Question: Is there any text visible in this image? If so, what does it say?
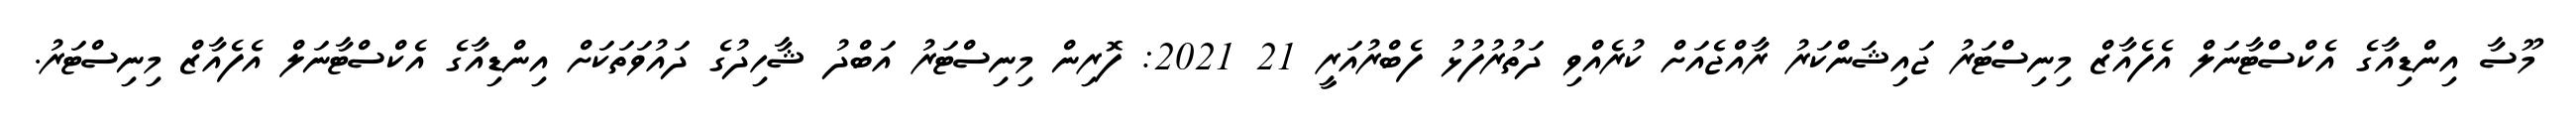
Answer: މޫސާ އިންޑިއާގެ އެކްސްޓާނަލް އެފެއާޒް މިނިސްޓަރު ޖައިޝަންކަރު ރާއްޖެއަށް ކުރެއްވި ދަތުރުފުޅު ފެބްރުއަރީ 21 2021: ފޮރިން މިނިސްޓަރު އަބްދު ޝާހިދުގެ ދައުވަތަކަށް އިންޑިއާގެ އެކްސްޓާނަލް އެފެއާޒް މިނިސްޓަރު.